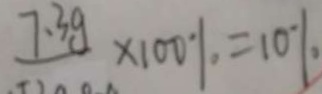
7 . 3 g \times 1 0 0 \% = 1 0 \%